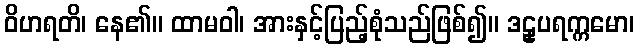
ဝိဟရတိ၊ နေ၏။ ထာမဝါ၊ အားနှင့်ပြည့်စုံသည်ဖြစ်၍။ ဒဠှပရက္ကမော၊